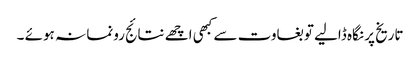
تاریخ پر نگاہ ڈالیے تو بغاوت سے کبھی اچھے نتائج رونما نہ ہوئے ۔